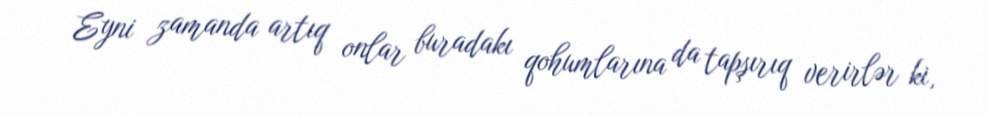
Eyni zamanda artıq onlar buradakı qohumlarına da tapşırıq verirlər ki,